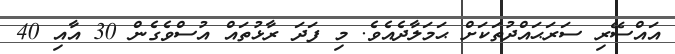
އައްސޭރި ސަރަޙައްދުތަކަށް ޙަމަލާދެއެވެ. މި ފަދަ ރާޅުތައް އުސްވެގެން 30 އާއި 40